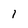
Character: i